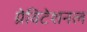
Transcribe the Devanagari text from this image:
ग्रेविटेशनल